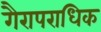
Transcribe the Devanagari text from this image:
गैरापराधिक